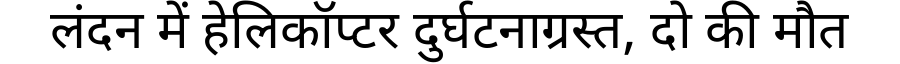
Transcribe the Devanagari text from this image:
लंदन में हेलिकॉप्टर दुर्घटनाग्रस्त, दो की मौत